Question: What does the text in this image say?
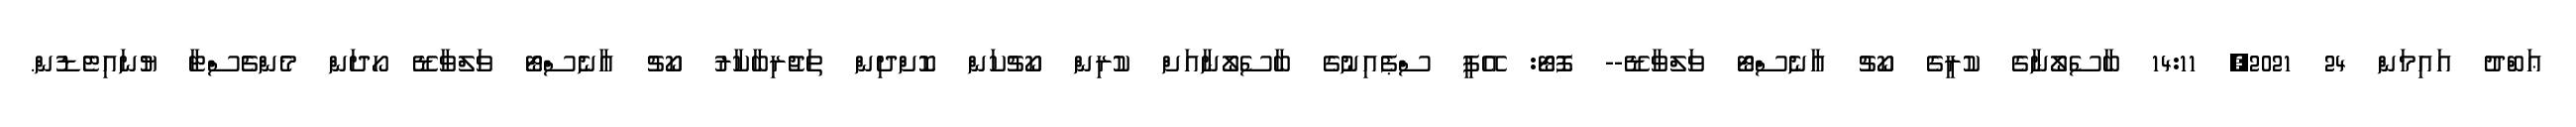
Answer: ޢަބްދު އައިމަން 24 2021, 14:11 ބާސެލޯނާގެ ކުރީގެ ކޯޗު އާނެސްޓޯ ވަލްވާޑޭ-- ފޮޓޯ: އޭޕީ ސްޕެއިނުގެ ބާސެލޯނާއަށް ކުރިން ކޯޗުކަން ކޮށްދިން ތަޖުރިބާކާރު ކޯޗު އާނެސްޓޯ ވަލްވާޑޭ ހޯދަން މެންޗެސްޓާ ޔުނައިޓެޑުން.